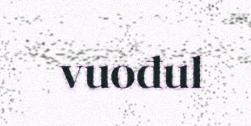
vuođul